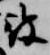
被